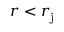
r < r _ { \mathrm { j } }